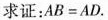
求证：AB=AD。